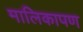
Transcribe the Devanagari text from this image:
मालिकापण